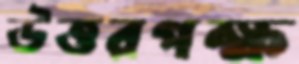
উত্তরপক্ষ